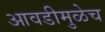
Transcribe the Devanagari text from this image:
आवडीमुळेच